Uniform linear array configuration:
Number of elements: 48
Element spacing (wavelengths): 0.25
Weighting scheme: hamming
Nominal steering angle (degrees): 60
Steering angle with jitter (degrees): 59.782
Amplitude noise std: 0.05
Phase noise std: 0.05

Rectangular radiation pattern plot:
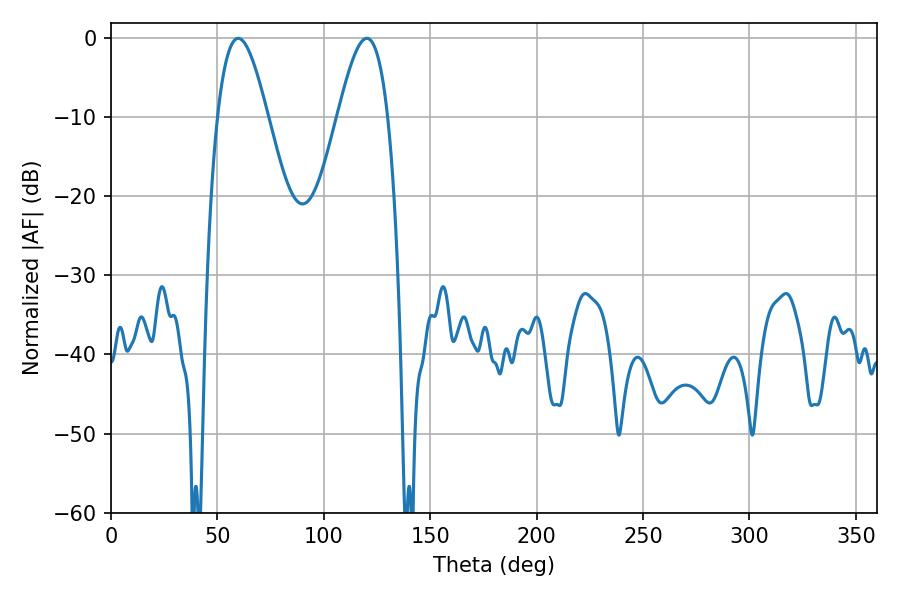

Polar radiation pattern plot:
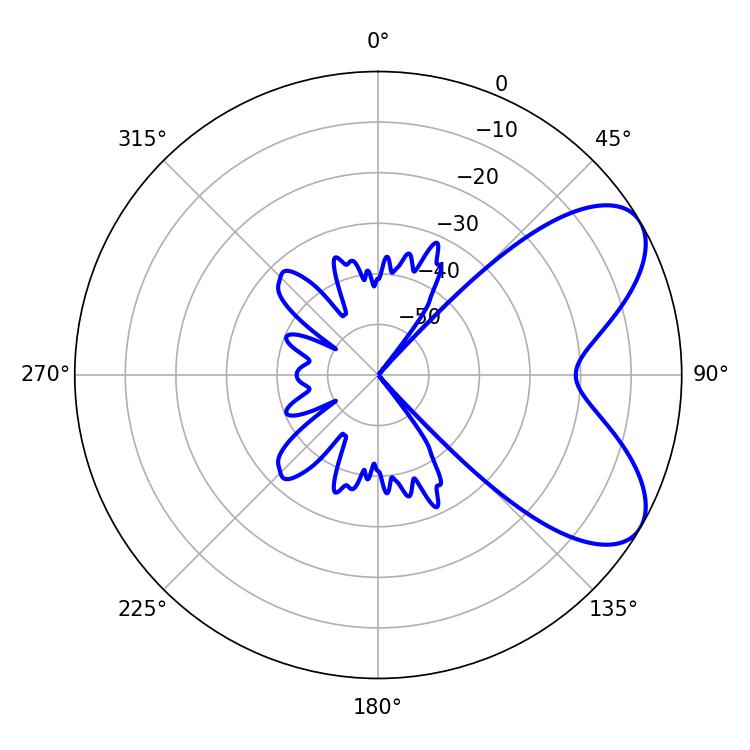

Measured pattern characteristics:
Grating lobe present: FALSE
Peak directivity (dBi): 6.72
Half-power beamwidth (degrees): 12.78
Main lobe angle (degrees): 59.76